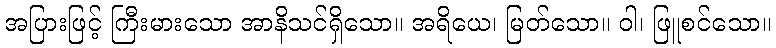
အပြားဖြင့် ကြီးမားသော အာနိသင်ရှိသော။ အရိယေ၊ မြတ်သော။ ဝါ၊ ဖြူစင်သော။